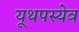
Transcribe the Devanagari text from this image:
यूथपस्येव